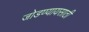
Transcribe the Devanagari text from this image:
जोडण्यायसाठी